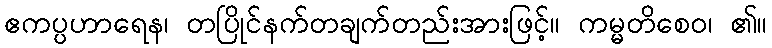
ဧကပ္ပဟာရေန၊ တပြိုင်နက်တချက်တည်းအားဖြင့်။ ကမ္မတိစေဝ၊ ၏။